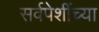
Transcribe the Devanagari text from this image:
सर्वपेशींच्या